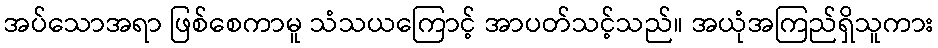
အပ်သောအရာ ဖြစ်စေကာမူ သံသယကြောင့် အာပတ်သင့်သည်။ အယုံအကြည်ရှိသူကား